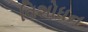
વિશોધન